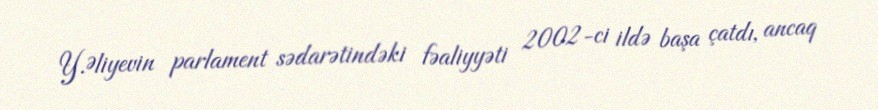
Y.Əliyevin parlament sədarətindəki fəaliyyəti 2002-ci ildə başa çatdı, ancaq